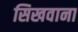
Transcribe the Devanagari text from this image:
सिखवाना